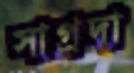
সাগ্রদা